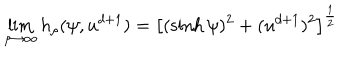
\lim _ { \rho \to \infty } h _ { \rho } ( \psi , u ^ { d + 1 } ) = \left[ ( \sinh \psi ) ^ { 2 } + ( u ^ { d + 1 } ) ^ { 2 } \right] ^ { \frac { 1 } { 2 } }